Vaccination in Bombay 1889-1901 - 1889-1901
Year: 1889
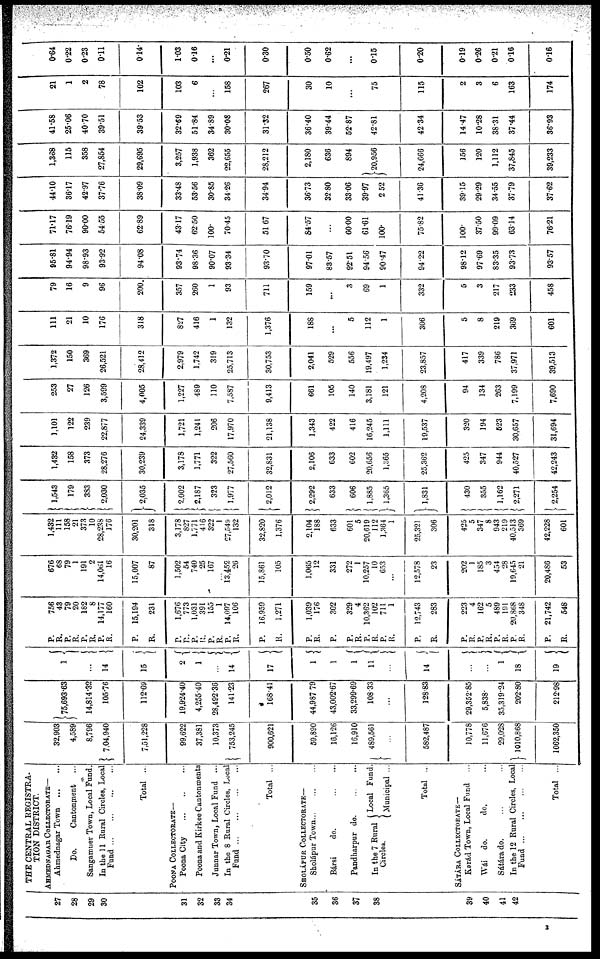
27
28
29
30
31
32
33
34
35
36
37
38
39
40
41
42
THE CENTRAL REGISTRA¬
TION DISTRICT.
AHMEDNAGAR COLLECTORATE—
Ahmednagar Town
...
...
Do.
Cantonment ...
Sangamner Town, Local Fund.
In the 11 Rural Circles, Local
Fund...
...
...
...
Total ...
POONA COLLECTORATE—
Poona City
...
...
Poona and Kirkee Cantonments
Junnar Town, Local Fund ...
In the 8 Rural Circles, Local
Fund...
...
...
Total ...
SHOLÁPUR COLLECTORATE—
Sholápur Town...
...
...
Bársi
do.
...
...
Pandharpur do. ... ...
In the 7 Rural
Circles.
Local Fund.
Municipal ...
Total ...
SÁTÁRA COLLECTORATE—
Karád Town, Local Fund ...
Wái do.
do. ...
Sátára do. ... ...
In the 12 Rural Circles, Local
Fund...
...
...
...
Total ...
32,903
4,589
8,796
7,04,940
7,51,228
99,622
37,381
10,373
753,245
900,621
59,890
16,126
16,910
489,561
...
582,487
10,778
11,676
29,028
1010,868
1062,350
75,693.63
14,814.32
105.76
112.69
19,924.40
4,255.40
28,492.36
141.23
168.41
44,987.79
43,002.67
33,299.69
108.33
...
128.83
29,352.85
5,838.
35,319.24
202.80
212.98
1
...
14
15
2
1
...
14
17
1
1
1
11
...
14
...
...
1
18
19
P.
R.
P.
R.
P.
R.
P.
R.
P.
R.
756
43
79
20
182
8
14,177
160
15,194
231
P.
R.
P.
R.
P.
R.
P.
R.
P.
R.
1,676
773
1,031
391
155
1
14,097
106
16,959
1,271
P.
R.
P.
P.
R.
P.
R.
P.
R.
P.
R.
1,039
176
302
329
4
10,362
102
711
1
12,743
283
P.
R.
P.
R.
P.
R.
P.
R.
P.
R.
223
4
162
5
489
191
20,868
348
21,742
548
676
68
79
1
191
2
14,061
16
15,007
87
1,502
54
740
25
167
...
13,452
26
15,861
105
1,065
12
331
272
1
10,257
10
653
...
12,578
23
202
1
185
3
454
28
19,645
21
20,486
53
1,432
111
158
21
373
10
28,238
176
30,201
318
3,178
827
1,771
416
322
1
27,549
132
32,820
1,376
2,104
188
633
601
5
20,619
112
1,364
1
25,321
306
425
5
347
8
943
219
40,513
369
42,228
601
1,543
179
383
2,030
2,035
2,002
2,187
323
1,977
2,012
2,292
633
606
1,885
1,365
1,831
430
355
1,162
2,271
2,254
1,432
158
373
28,276
30,239
3,178
1,771
322
27,560
32,831
2,106
633
602
20,656
1,365
25,362
425
347
944
40,527
42,243
1,101
122
239
22,877
24,339
1,721
1,241
206
17,970
21,138
1,343
422
416
16,245
1,111
19,537
320
194
523
30,657
31,694
253
27
126
3,599
4,005
1,227
489
110
7,587
9,413
661
105
140
3,181
121
4,208
94
134
263
7,199
7,690
1,372
150
369
26,521
28,412
2,979
1,742
319
25,713
30,753
2,041
529
556
19,497
1,234
23,857
417
339
786
37,971
39,513
111
21
10
176
318
827
416
1
132
1,376
188
...
5
112
1
306
5
8
219
369
601
79
16
9
96
200.
357
260
1
93
711
159
...
3
69
1
332
5
3
217
233
458
95.81
94.94
98.93
93.92
94.08
93.74
98.36
90.07
93.34
93.70
97.01
83.57
92.51
94.56
90.47
94.22
98.12
97.69
83.35
93.73
93.57
71.17
76.19
90.00
54.55
62.89
43.17
62.50
100.
70.45
51.67
84.57
...
60.00
61.61
100.
75.82
100.
37.50
99.09
63.14
76.21
44.10
36.17
42.97
37.76
38.09
33.48
53.56
30.85
34.26
34.94
36.73
32.80
33.06
39.97
2.52
41.36
39.15
29.29
34.55
37.79
37.62
1,368
115
358
27,854
29,695
3,257
1,938
362
22,655
28,212
2,180
636
894
20,956
24,666
156
120
1,112
37,845
39,233
41.58
25.06
40.70
39.51
39.53
32.69
51.84
34.89
30.08
31.32
36.40
39.44
52.87
42.81
42.34
14.47
10.28
38.31
37.44
36.93
21
1
2
78
102
103
6
...
158
267
30
10
...
75
115
2
3
6
163
174
0.64
0.22
0.23
0.11
0.14
1.03
0.16
...
0.21
0.30
0.50
0.62
...
0.15
0.20
0.19
0.26
0.21
0.16
0.16
3